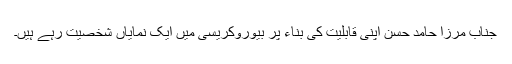
جناب مرزا حامد حسن اپنی قابلیت کی بناء پر بیوروکریسی میں ایک نمایاں شخصیت رہے ہیں۔